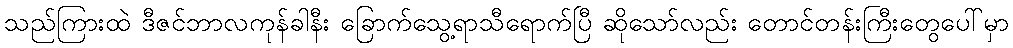
သည်ကြားထဲ ဒီဇင်ဘာလကုန်ခါနီး ခြောက်သွေ့ရာသီရောက်ပြီ ဆိုသော်လည်း တောင်တန်းကြီးတွေပေါ်မှာ